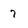
Character: 7